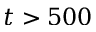
t > 5 0 0